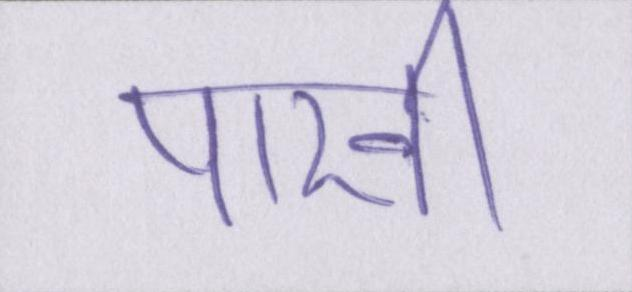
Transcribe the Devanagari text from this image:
पाखी